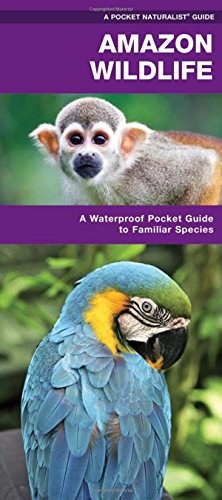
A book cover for Amazon Wildlife: A Waterproof Pocket Guide to Familiar Species (Pocket Naturalist Guide Series); James Kavanagh; Travel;